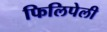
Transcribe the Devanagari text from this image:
फिलिपेली